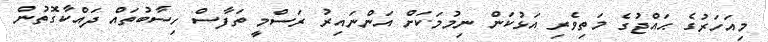
މިއަހަރުގެ ޙައްޖުގެ މަތިވެރި އަޅުކަން ނިމުމަކަށް އަންނައިރު ރަސްމީ ތަފާސް ހިސާބުތައް ދައްކާގޮތުން